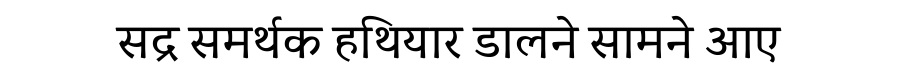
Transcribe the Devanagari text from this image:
सद्र समर्थक हथियार डालने सामने आए